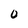
Character: 0